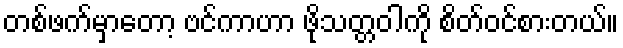
တစ်ဖက်မှာတော့ ဗင်ကာဟာ ဖိုသတ္တဝါကို စိတ်ဝင်စားတယ်။